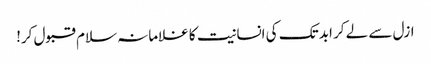
ازل سے لے کر ابد تک کی انسانیت کا غلامانہ سلام قبول کر!